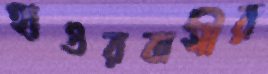
হাওরবাসীর